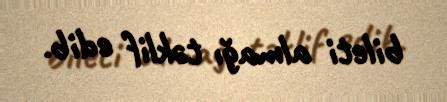
bileti almağı təklif edib.